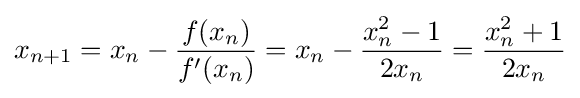
x_{n+1}=x_{n}-{\frac {f(x_{n})}{f'(x_{n})}}=x_{n}-{\frac {x_{n}^{2}-1}{2x_{n}}}={\frac {x_{n}^{2}+1}{2x_{n}}}